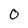
Character: O